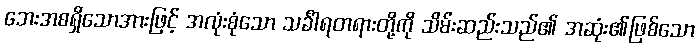
ဘေးအစရှိသောအားဖြင့် အလုံးစုံသော သင်္ခါရတရားတို့ကို သိမ်းဆည်းသည်၏ အဆုံး၏ဖြစ်သော